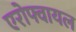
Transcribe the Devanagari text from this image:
एरोफ्वायल